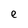
Character: e